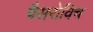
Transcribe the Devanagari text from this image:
पैसरोविच